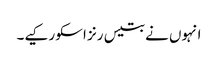
انہوں نے بتیس رنز اسکو رکیے۔